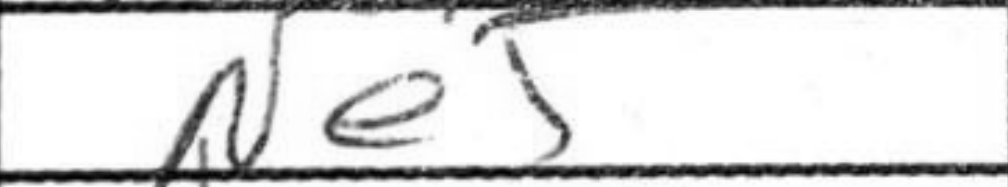
Transcription: Ne5